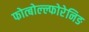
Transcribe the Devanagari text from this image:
फोत्बोल्ल्फोरेनिङ